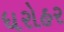
ધરોહર